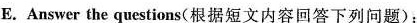
E.Answer the questions(根据短文内容回答下列问题):